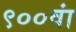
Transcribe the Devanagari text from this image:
९००वां